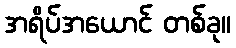
အရိပ်အယောင် တစ်ခု။